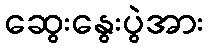
ဆွေးနွေးပွဲအား